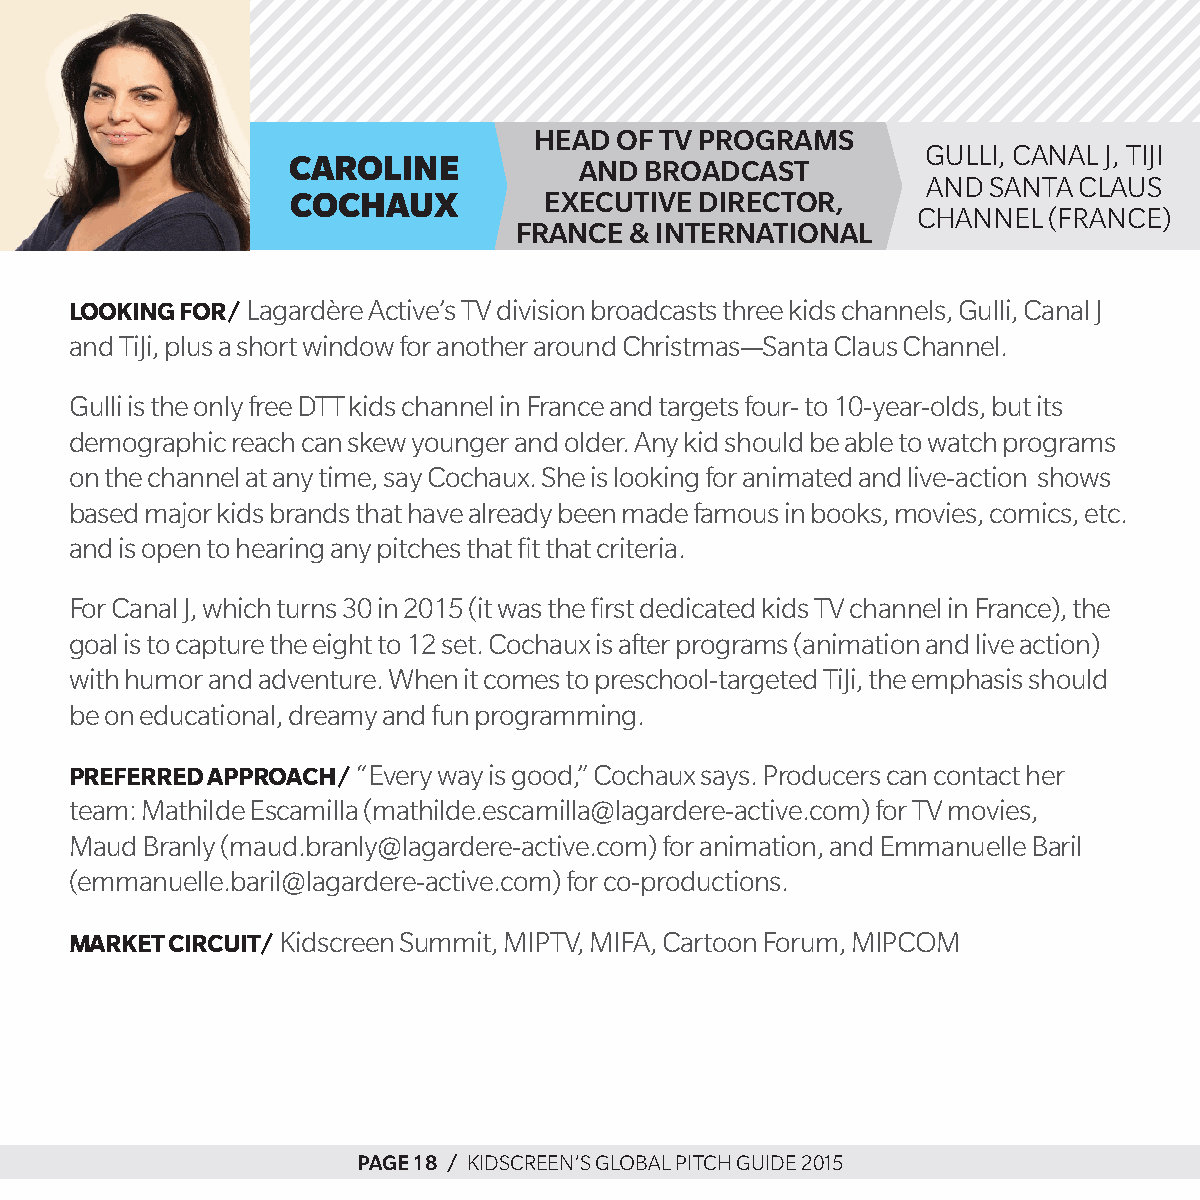
Head  of Tv programs
 gulli, canal J, tiJi
 caroline           and  BroadCasT
 and  santa claus
 cochaux          eXeCuTive direCTor,
 channel (France)
 franCe  & inTernaTional
 Looking for/ lagardère active’s tV division broadcasts three kids channels, gulli, canal J
 and tiJi, plus a short window for another around christmas—santa claus channel.
 gulli is the only free dtt kids channel in France and targets four- to 10-year-olds, but its
 demographic reach can skew younger and older. any kid should be able to watch programs
 on the channel at any time, say cochaux. she is looking for animated and live-action shows
 based major kids brands that have already been made famous in books, movies, comics, etc.
 and is open to hearing any pitches that fit that criteria.
 For canal J, which turns 30 in 2015 (it was the first dedicated kids tV channel in France), the
 goal is to capture the eight to 12 set. cochaux is after programs (animation and live action)
 with humor and adventure. When it comes to preschool-targeted tiJi, the emphasis should
 be on educational, dreamy and fun programming.
 Preferred aPProach/ “every way is good,” cochaux says. producers can contact her
 team: Mathilde escamilla (mathilde.escamilla@lagardere-active.com) for tV movies,
 Maud branly (maud.branly@lagardere-active.com) for animation, and emmanuelle baril
 (emmanuelle.baril@lagardere-active.com) for co-productions.
 Market circuit/ kidscreen summit, MiptV, MiFa, cartoon Forum, MipcoM
 page 18 / kidscreen’s global pitch guide 2015